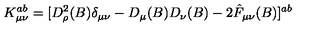
K _ { \mu \nu } ^ { a b } = [ D _ { \rho } ^ { 2 } ( B ) \delta _ { \mu \nu } - D _ { \mu } ( B ) D _ { \nu } ( B ) - 2 \hat { F } _ { \mu \nu } ( B ) ] ^ { a b }